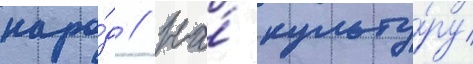
наро́д // На́ культу́ру